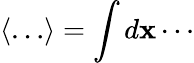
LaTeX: \langle\dots\rangle=\int d\mathbf{x}\cdots